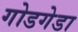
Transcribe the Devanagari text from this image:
गोडगेडा